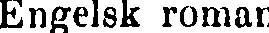
Engelsk roman